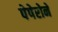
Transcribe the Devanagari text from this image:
पेपेरोने